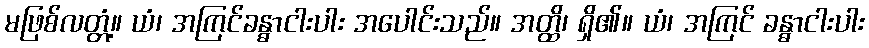
မဖြစ်လတ္တံ့။ ယံ၊ အကြင်ခန္ဓာငါးပါး အပေါင်းသည်။ အတ္ထိ၊ ရှိ၏။ ယံ၊ အကြင် ခန္ဓာငါးပါး